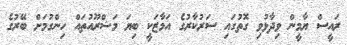
ރައީސް ޔާމީން ވިދާޅުވި ގޮތުގައި ސަރުކާރުގެ އަމާޒަކީ ބިޔަ މަޝްރޫއުތައް ހިންގުމަށް ބޭރުގެ